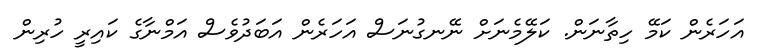
އަހަރެން ކަމޭ ހިތާނަން. ކަލޭމެނަށް ނޭނގުނަސް އަހަރެން އަބަދުވެސް އަމްނާގެ ކައިރީ ހުރިން